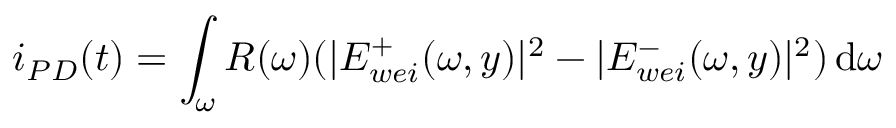
i _ { P D } ( t ) = \int _ { \omega } R ( \omega ) ( | E _ { w e i } ^ { + } ( \omega , y ) | ^ { 2 } - | E _ { w e i } ^ { - } ( \omega , y ) | ^ { 2 } ) \, \mathrm { d } \omega